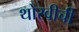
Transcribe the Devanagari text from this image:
थोरवीची